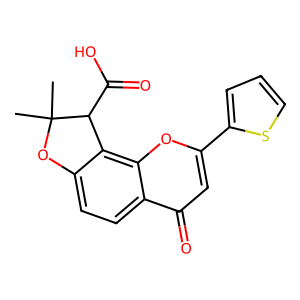
SMILES: CC1(C)Oc2ccc3c(=O)cc(-c4cccs4)oc3c2C1C(=O)O
Inhibits HIV replication: No